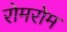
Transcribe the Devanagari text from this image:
रोमरोम